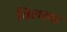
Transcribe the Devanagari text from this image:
चिलखा